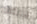
يربطه